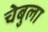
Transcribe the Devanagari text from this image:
चेबुला